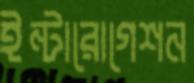
ইন্টারোগেশন